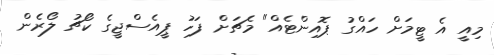
މިއީ އެ ޓީމަށް ހައްގު ޕޮއިންޓެއް" މެޗަށް ފަހު ޕީއެސްޖީގެ ކޯޗު ލޯރެން